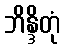
ဘိန္ဒိတုံ